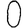
Digit: 0